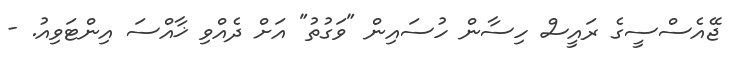
ޖޭއެސްސީގެ ރައީސް ހިސާން ހުސައިން "ވަގުތު" އަށް ދެއްވި ޚާއްސަ އިންޓަވިއު. -